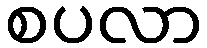
စပလာ